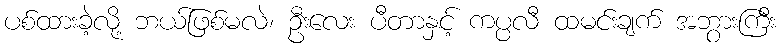
ပစ်ထားခဲ့လို့ ဘယ်ဖြစ်မလဲ၊ ဦးလေး ပီတာနှင့် ကပ္ပလီ ထမင်းချက် အဘွားကြီး